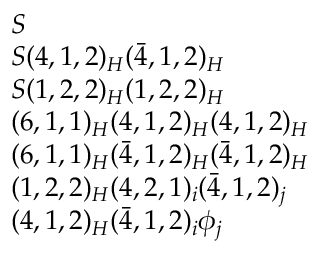
\begin{array} { l } { S } \\ { S ( 4 , 1 , 2 ) _ { H } ( { \bar { 4 } } , 1 , 2 ) _ { H } } \\ { S ( 1 , 2 , 2 ) _ { H } ( 1 , 2 , 2 ) _ { H } } \\ { ( 6 , 1 , 1 ) _ { H } ( 4 , 1 , 2 ) _ { H } ( 4 , 1 , 2 ) _ { H } } \\ { ( 6 , 1 , 1 ) _ { H } ( { \bar { 4 } } , 1 , 2 ) _ { H } ( { \bar { 4 } } , 1 , 2 ) _ { H } } \\ { ( 1 , 2 , 2 ) _ { H } ( 4 , 2 , 1 ) _ { i } ( { \bar { 4 } } , 1 , 2 ) _ { j } } \\ { ( 4 , 1 , 2 ) _ { H } ( { \bar { 4 } } , 1 , 2 ) _ { i } \phi _ { j } } \end{array}